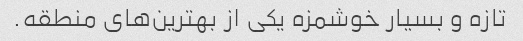
تازه و بسیار خوشمزه یکی از بهترین‌های منطقه.